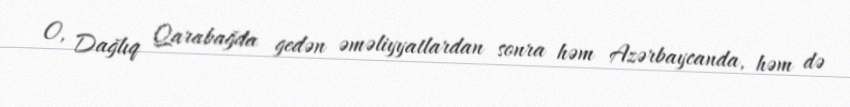
O, Dağlıq Qarabağda gedən əməliyyatlardan sonra həm Azərbaycanda, həm də